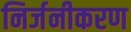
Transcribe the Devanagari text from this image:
निर्जनीकरण